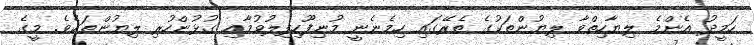
ހަމީދު އެންމެ ލިޔާހިތްވާ ލިޔުންތަކުގެ ތެރޭގައި ހިމެނެނީ މުނިފޫހިފިލުވުމާއި ގުޅުންހުރި ލިޔުންތަކެވެ. މީގެ